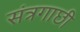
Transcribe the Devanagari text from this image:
संत्रगाछी